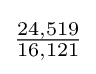
{\tfrac {24,519}{16,121}}